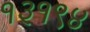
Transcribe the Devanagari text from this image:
१३१९४